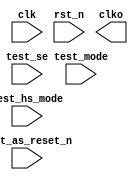
module dft_crm_div (
    input  test_mode,
    input  test_as_reset_n,
    input  test_se,
    input  test_hs_mode,
    input  clk,
    input  rst_n,
    output clko
);

parameter  DIV_PARAM  = 3;
parameter  DUTY_CYCLE = 2;

`ifdef    FPGA_EN
    assign  clko = clk;
`else
wire                       rst_n_mux;
reg   [DIV_PARAM - 1 : 0]  shifter;
reg                        clko_reg;
wire  [DIV_PARAM - 1 : 0]  shifter_next;
wire                       clko_net;

assign  rst_n_mux = test_mode ? test_as_reset_n : rst_n ; 
assign  shifter_next = {shifter[DIV_PARAM - 2 : 0], shifter[DIV_PARAM - 1]} ;
assign  clko = clk_reg;

always @(posedge clk or negedge rst_n_mux)
    if(~rst_n_mux)
        shifter <= { { (DIV_PARAM-1){1'b0} } , 1'b1 } ;
    else
        shifter <= shifter_next;

assign  clko_net = |shifter_next[DUTY_CYCLE:1];

always @(posedge clk or negedge rst_n_mux)
    if(~rst_n_mux)
        clko_reg <= 1'b0;
    else
        clko_reg <= clko_net;
`endif

endmodule